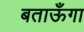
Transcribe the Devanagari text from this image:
बताऊँगा